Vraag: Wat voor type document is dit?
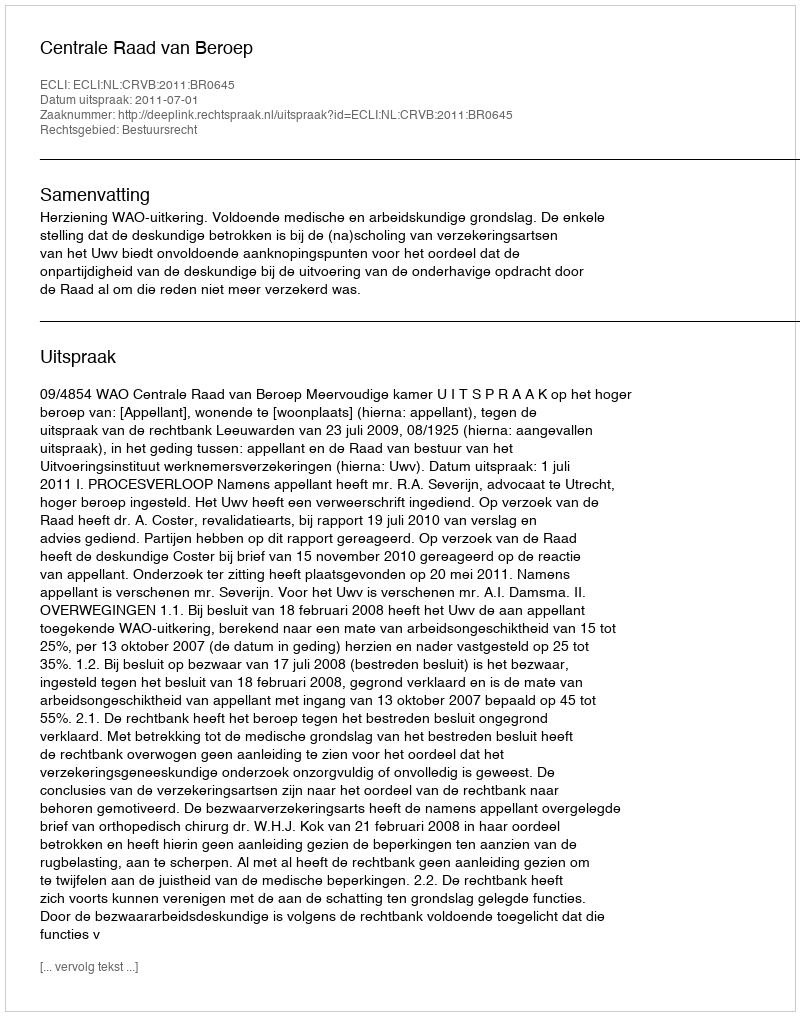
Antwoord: Uitspraak